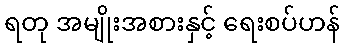
ရတု အမျိုးအစားနှင့် ရေးစပ်ဟန်